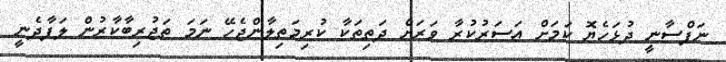
ނަފްސާނީ ދުޅަހެޔޮ ކަމަށް އަސަރުކުރާ ވަރަށް ދަތިތަކާ ކުރިމަތިލާންޖެހޭ ނަމަ ތަޖުރިބާކާރުން ލަފާދެނީ